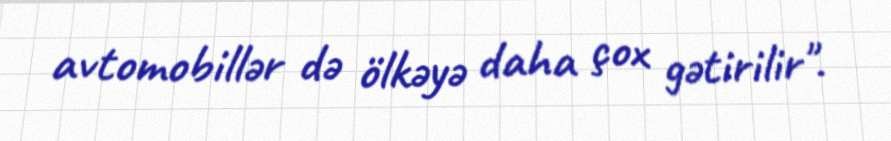
avtomobillər də ölkəyə daha çox gətirilir".